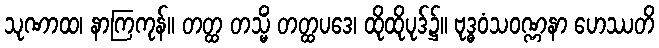
သုဏာထ၊ နာကြကုန်။ တတ္ထ တသ္မိံ တတ္ထပဒေ၊ ထိုထိုပုဒ်၌။ ဗုဒ္ဓဝံသဝဏ္ဏနာ ဟေဿတိ